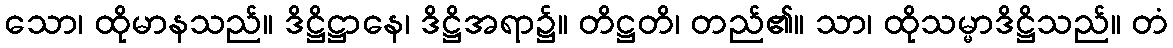
သော၊ ထိုမာနသည်။ ဒိဋ္ဌိဋ္ဌာနေ၊ ဒိဋ္ဌိအရာ၌။ တိဋ္ဌတိ၊ တည်၏။ သာ၊ ထိုသမ္မာဒိဋ္ဌိသည်။ တံ